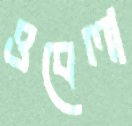
ওবেলা